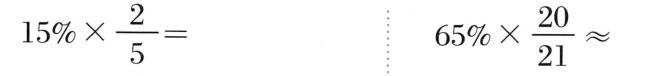
$$15 \% \times \frac { 2 } { 5 }=$$ $$6 5 % \times \frac { 2 0 } { 2 1 } ≈$$